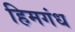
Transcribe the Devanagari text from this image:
हिमगंध